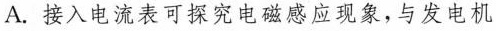
A. 接入电流表可探究电磁感应现象，与发电机